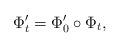
LaTeX: \begin{align*}\Phi'_t=\Phi'_0\circ \Phi_t, \end{align*}